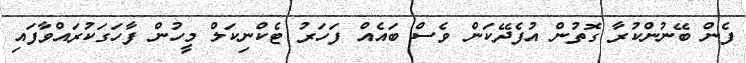
ފެން ބޭނުންކުރާ ގޮތުން އުފެދޭކަން ވެސް ބައެއް ފަހަރު ޓެކްނިކަލް މީހުން ފާހަގަކުރައްވާފައި